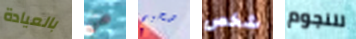
بالعيادة من صحيح شخص للنجوم